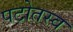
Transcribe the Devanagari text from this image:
पटोतस्व